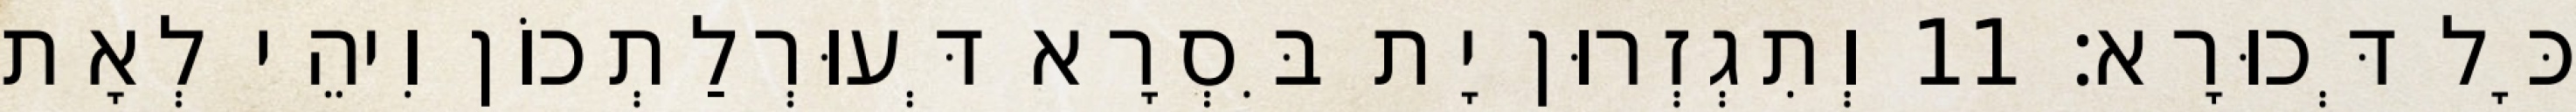
כָּל דְּכוּרָא׃ 11 וְתִגְזְרוּן יָת בִּסְרָא דְּעוּרְלַתְכוֹן וִיהֵי לְאָת